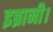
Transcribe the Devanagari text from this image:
इब्रानी।